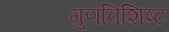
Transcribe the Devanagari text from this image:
गुणविशिष्ट